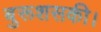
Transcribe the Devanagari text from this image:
बुरूशसकी।